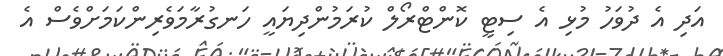
އަދި އެ ދުވަހު މުޅި އެ ސިޓީ ކޮންޓްރޯލް ކުރަމުންދިޔައީ ހަނގުރާމަވެރިންކަމަށްވެސް އެ